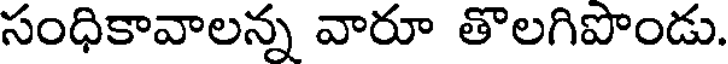
సంధికావాలన్న వారూ తొలగిపొండు.